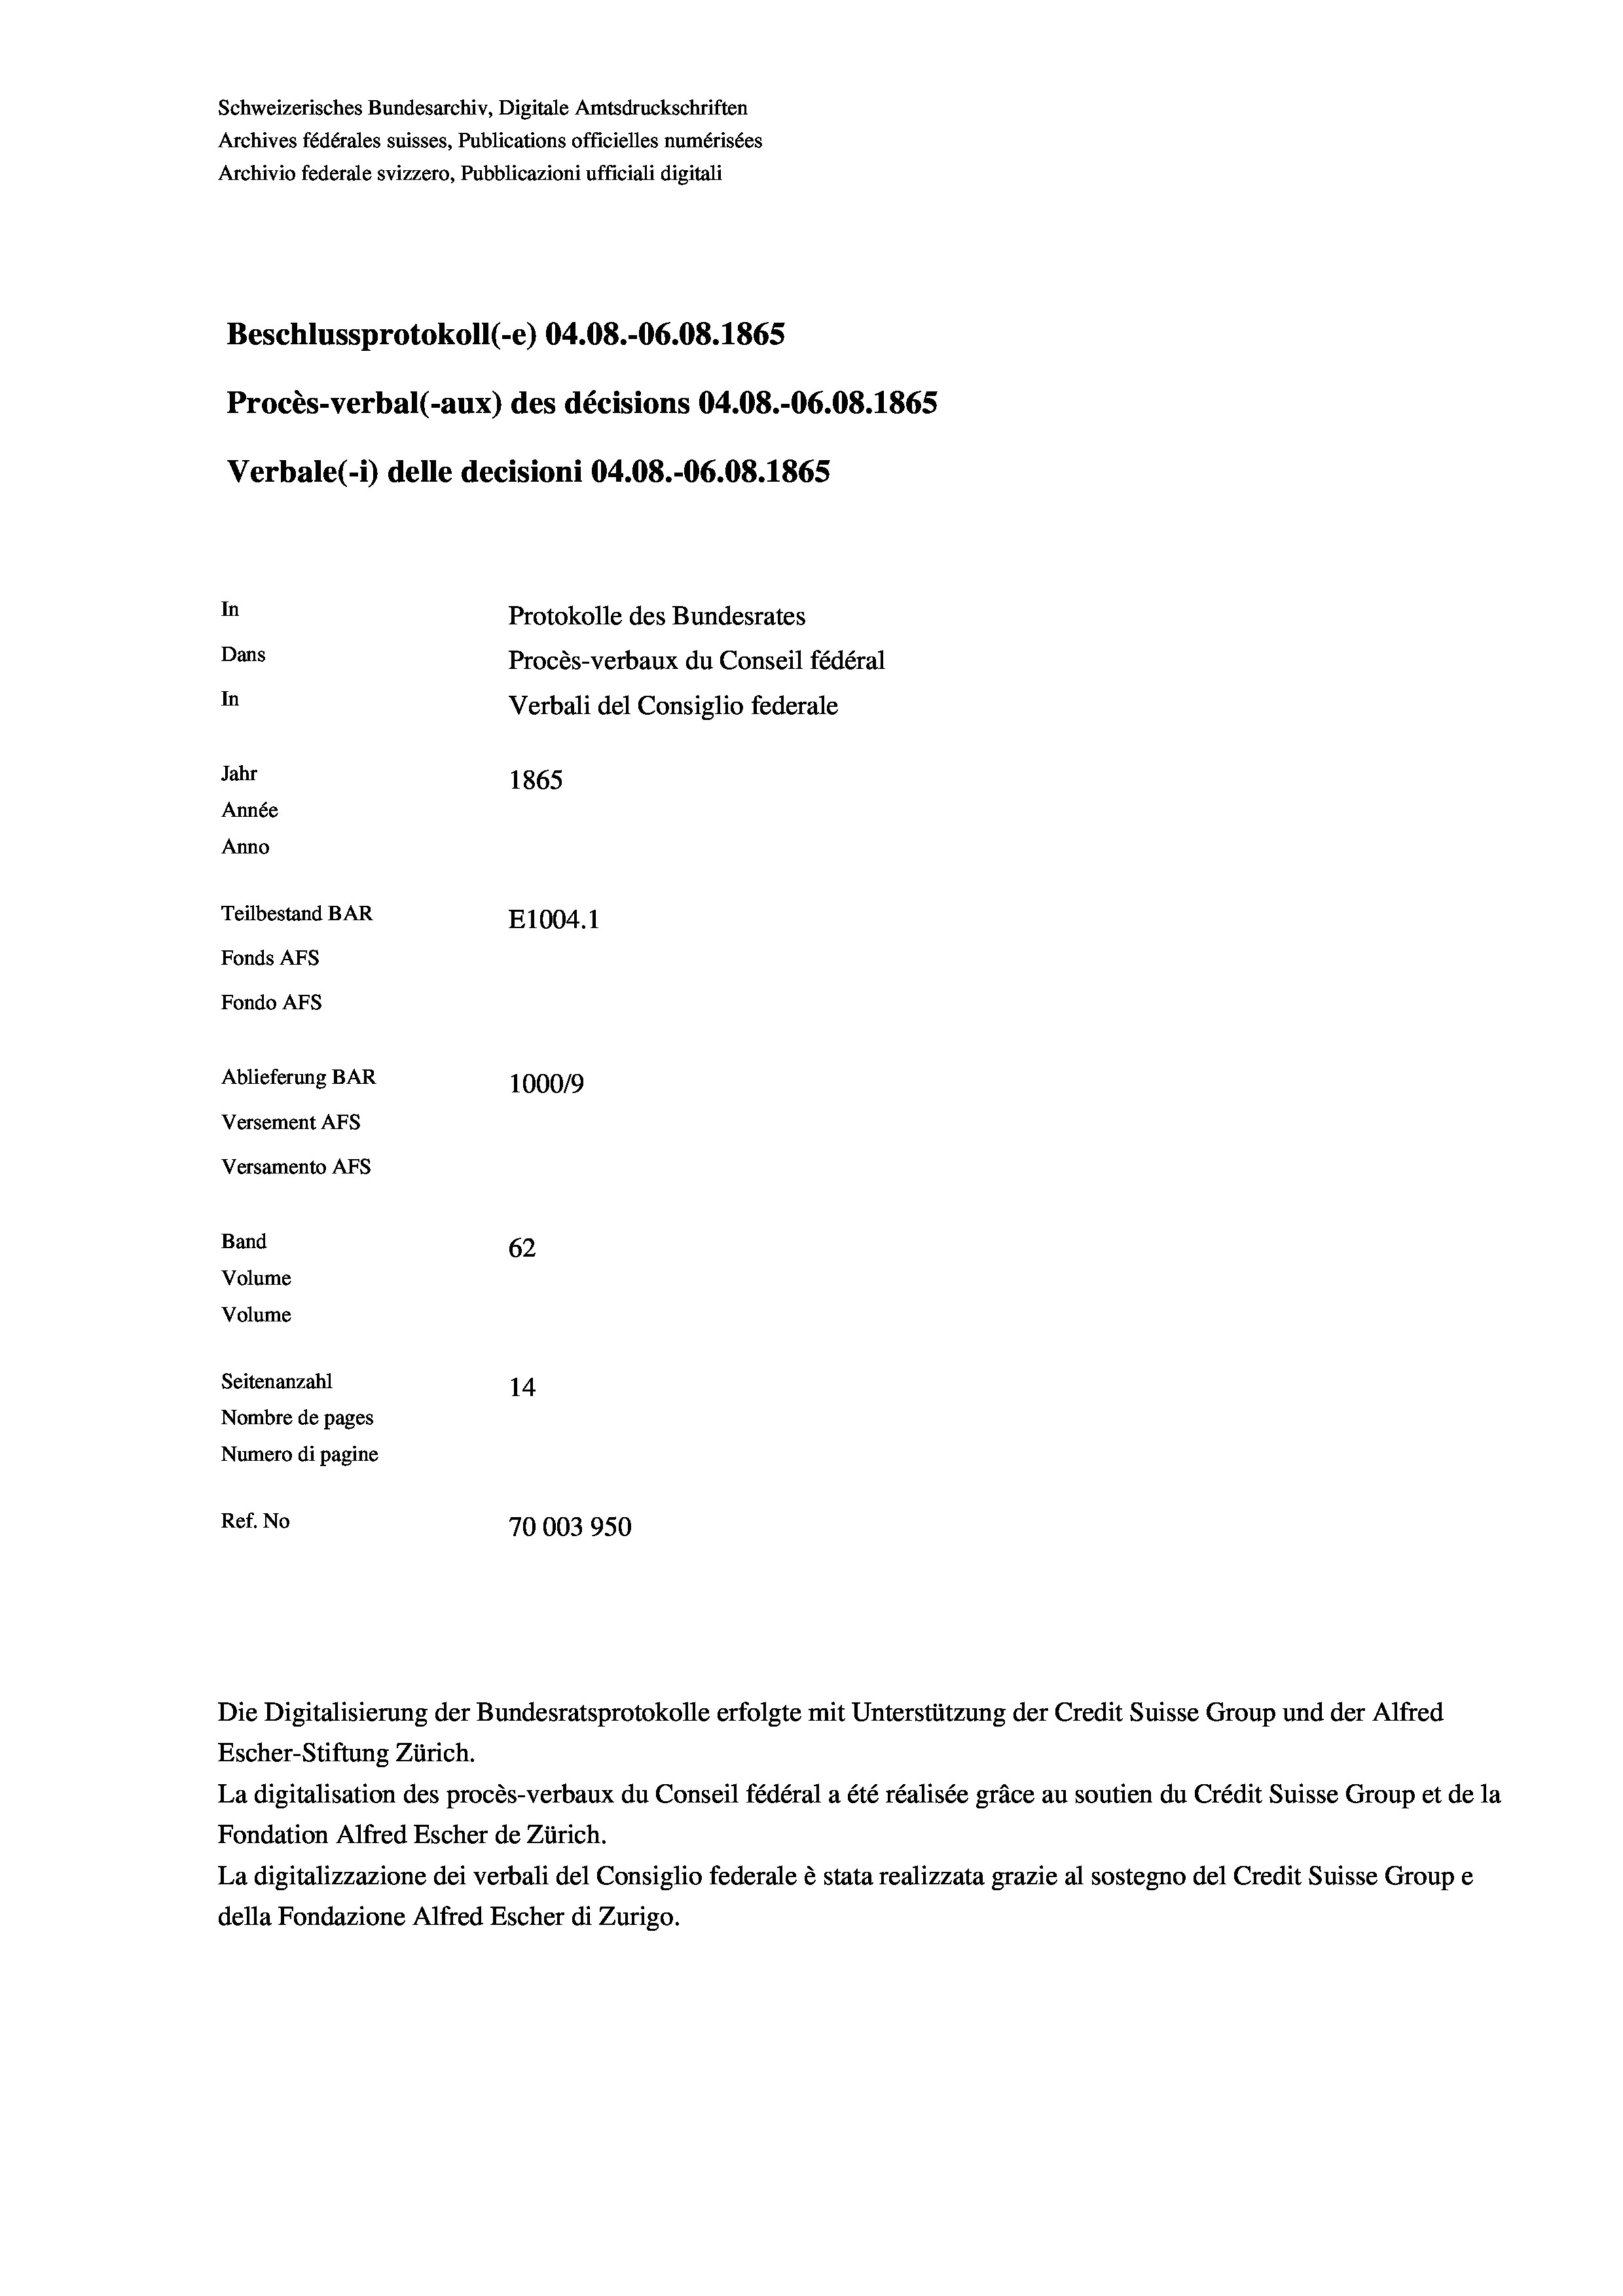
Schweizerisches Bundesarchiv, Digitale Amtsdruckschriften
Archives fédérales suisses, Publications officielles numérisées
Archivio federale svizzero, Pubblicazioni ufficiali digitali
Beschlussprotokoll (-e) 04.08.-06.08. 1865
Procès-verbal (-aux) des décisions 04.08.-06.08. 1865
Verbale (i) delle decisioni 04.08.-06.08. 1865
In
Protokolle des Bundesrates
Dans
Procès-verbaux du Conseil fédéral
In
Verbali del Consiglio federale
Jahr
1865
Année
Anno
Teilbestand BAR
E1004. 1
Fonds AFs
Fondo Afs
Ablieferung BAR
100019
Versement Ans

62
14
Nombre de pages
Numero di pagine
Ref. No
70003950

Versamento Afs
Band
Volume
Volume
Seitenanzahl

Escher-Stiftung Zürich.
La digitalisation des procès-verbaux du Conseil fédéral a été réalisée gräce au soutien du Crédit Suisse Group et de la
Fondation Alfred Escher de Zürich.
La digitalizzazione dei verbali del Consiglio federale è stata realizzata grazie al sostegno del Credit Suisse Groupe
della Fondazione Alfred Escher di Zurigo.

Die Digitalisierung der Bundesratsprotokolle erfolgte mit Unterstützung der Credit Suisse Group und der Alfred